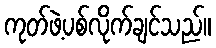
ကုတ်ဖဲ့ပစ်လိုက်ချင်သည်။